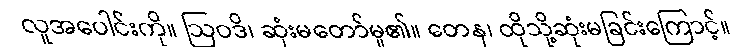
လူအပေါင်းကို။ ဩဝဒိ၊ ဆုံးမတော်မူ၏။ တေန၊ ထိုသို့ဆုံးမခြင်းကြောင့်။